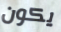
يكون